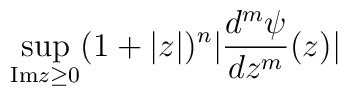
\sup_{{\rm Im}z \geq 0} (1 + |z|)^{n} |\frac{d^{m}\psi }{dz^{m}} (z)|